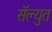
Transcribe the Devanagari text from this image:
सॅल्युत